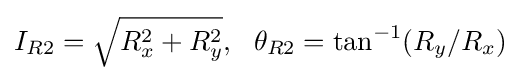
I_{R2}={\sqrt {R_{x}^{2}+R_{y}^{2}}},\ \ \theta _{R2}=\tan ^{-1}(R_{y}/R_{x})